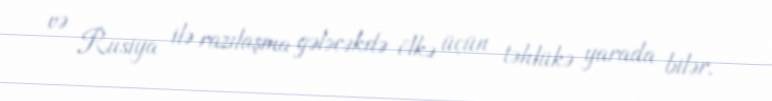
və Rusiya ilə razılaşma gələcəkdə ölkə üçün təhlükə yarada bilər.